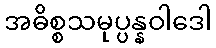
အဓိစ္စသမုပ္ပန္နဝါဒေါ